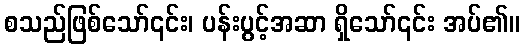
စသည်ဖြစ်သော်၎င်း၊ ပန်းပွင့်အဆာ ရှိသော်၎င်း အပ်၏။